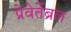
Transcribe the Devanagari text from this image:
प्रेवेर्तेब्रल